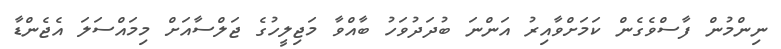
ނިންމުން ފާސްވެގެން ކަމަށްވާއިރު އަންނަ ބުދަދުވަހު ބާއްވާ މަޖިލީހުގެ ޖަލްސާއަށް މިމައްސަލަ އެޖެންޑާ